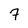
Character: 7